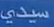
سیدی